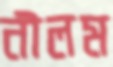
নীলম